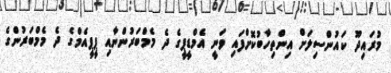
މުރައިދޫ ކައުންސިލަށް އިންތިހާބުކޮށްފައި ވަނީ އެމްޑީޕީގެ ދެ މެމްބަރުންނާއި ޕީޕީއެމްގެ ދެ މެމްބަރުންގެ